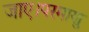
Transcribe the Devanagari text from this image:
जाए।परमाणु